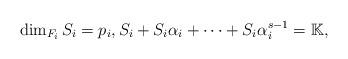
LaTeX: \begin{align*}\dim_{F_i} S_i = p_i, S_i + S_i\alpha_i+\dots + S_i\alpha_i^{s-1}=\mathbb{K},\end{align*}